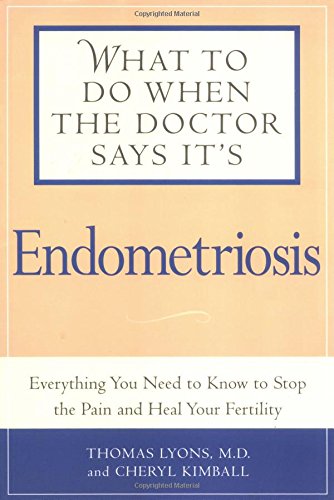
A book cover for What to Do When the Doctor Says It's Endometriosis: Everything You Need to Know to Stop the Pain and Heal Your Fertility; Thomas L Lyons; Health, Fitness & Dieting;